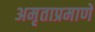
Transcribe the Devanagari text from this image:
अमृताप्रमाणे